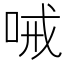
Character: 㖑